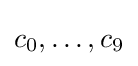
c_{0},\dots ,c_{9}